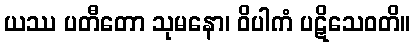
ယဿ ပတီတော သုမနော၊ ဝိပါကံ ပဋိသေဝတိ။